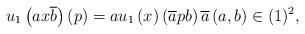
LaTeX: \begin{align*}u_{1}\left(ax\overline{b}\right)\left(p\right)=au_{1}\left(x\right)\left(\overline{a}pb\right)\overline{a}\left(a,b\right)\in(1)^{2},\end{align*}